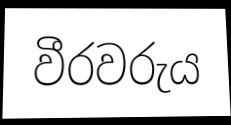
වීරවරුය